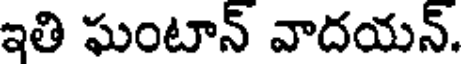
ఇతి ఘంటాన్ వాదయన్.